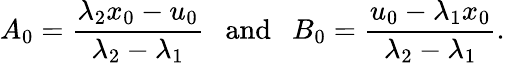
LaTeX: A_{0}=\frac{\lambda_{2}x_{0}-u_{0}}{\lambda_{2}-\lambda_{1}}~~~\mathrm{and}~~~B_{0}=\frac{u_{0}-\lambda_{1}x_{0}}{\lambda_{2}-\lambda_{1}}.